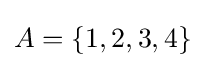
A=\{1,2,3,4\}